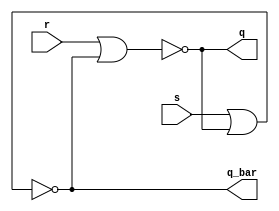
//This is for the SR latch module.

module sr_latch_dataflow_module (s, r, q, q_bar);
	input s, r;

	output q, q_bar;
	
	wire q_tmp, q_bar_tmp;	

	assign q = !(r || q_bar); //This is a NOR operation.
	assign q_bar = !(s || q); //This is a NOR operation.

endmodule